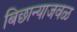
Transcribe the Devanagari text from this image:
बिछान्याजवळ